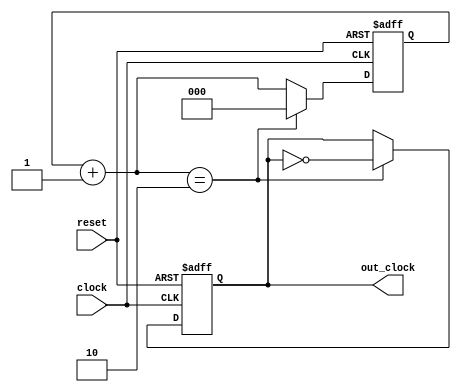
module clock_divider(out_clock, clock, reset);
	input clock;
	input reset;
	output out_clock;
 
	reg [2:0] r_reg;
	wire [2:0] r_nxt;
	reg clk_track;
 
	always @(posedge clock or posedge reset)
	
	begin
		if (reset) begin
			r_reg <= 3'b0;
			clk_track <= 1'b0;
     end
 
		else if (r_nxt == 2'b10) begin
	     r_reg <= 0;
	     clk_track <= ~clk_track;
	   end
 
     else 
       r_reg <= r_nxt;
   end
 
 assign r_nxt = r_reg+1;   	      
 assign out_clock = clk_track;

endmodule